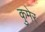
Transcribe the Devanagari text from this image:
कुमेर